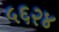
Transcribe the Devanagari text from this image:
५६२४